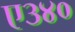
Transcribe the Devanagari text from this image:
ए३४०